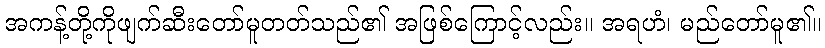
အကန့်တို့ကိုဖျက်ဆီးတော်မူတတ်သည်၏ အဖြစ်ကြောင့်လည်း။ အရဟံ၊ မည်တော်မူ၏။